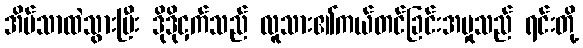
အိမ်သာထဲသွားပြီး ဒိုဒိုငှက်သည် လူသား၏ကယ်တင်ခြင်းအမှုသည် ရင်းတို့